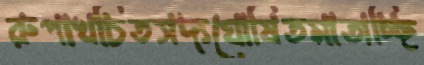
রুপাখচিতসদ্যঘোষিতমাতাচ্ছি